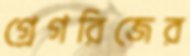
গ্রেগরিজের